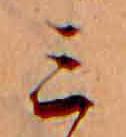
ミ